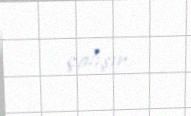
çalışır.